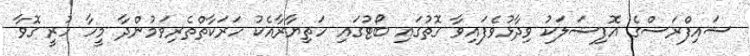
ސައިފްރަސްގެ އޮފިޝަލަކު ވިދާޅުވެފައިވާ ގޮތުގައި ބޯޓުގައި ހަތިޔާރާއެކު ހަރަކާތްތެރިވަމުންދާ މީހާ ހުރީ ގޮވާ